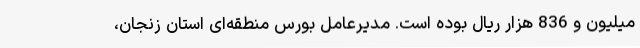
میلیون و 836 هزار ریال بوده است. مدیرعامل بورس منطقه‌ای استان زنجان،